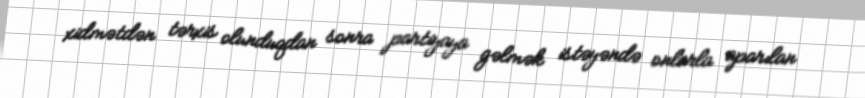
xidmətdən tərxis olunduqdan sonra partiyaya gəlmək istəyəndə onlarla aparılan